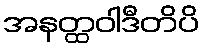
အနတ္ထဝါဒီတိပိ